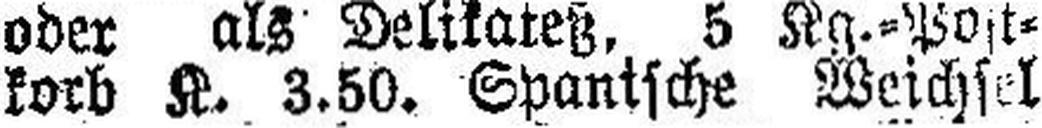
korb K. 3.50. Spanische Weichsel